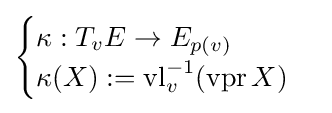
{\begin{cases}\kappa :T_{v}E\to E_{p(v)}\\\kappa (X):=\operatorname {vl} _{v}^{-1}(\operatorname {vpr} X)\end{cases}}